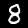
Digit: 8